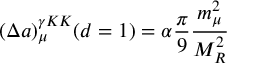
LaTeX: ( \Delta a ) _ { \mu } ^ { \gamma K K } ( d = 1 ) = \alpha \frac { \pi } { 9 } \frac { m _ { \mu } ^ { 2 } } { M _ { R } ^ { 2 } }